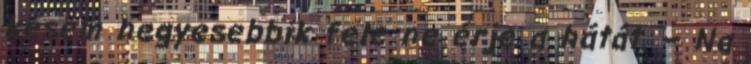
késem hegyesebbik fele ne érje a hátát. – Na